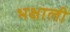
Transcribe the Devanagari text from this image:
भक्षाली